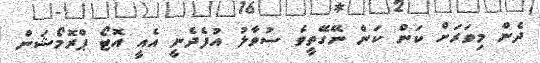
ދެން މިވަރަށް ކަން ކަން ނޭގޭތީވެ ސުވާލު އުފެދެނީ އެއީ އޮޓޯ ޕްރޮމޯޝަން